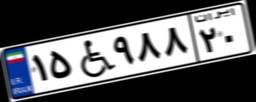
۱۵W۹۸۸۲۰